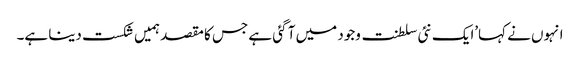
انہوں نے کہا’ایک نئی سلطنت وجود میں آ گئی ہے جس کا مقصد ہمیں شکست دینا ہے۔